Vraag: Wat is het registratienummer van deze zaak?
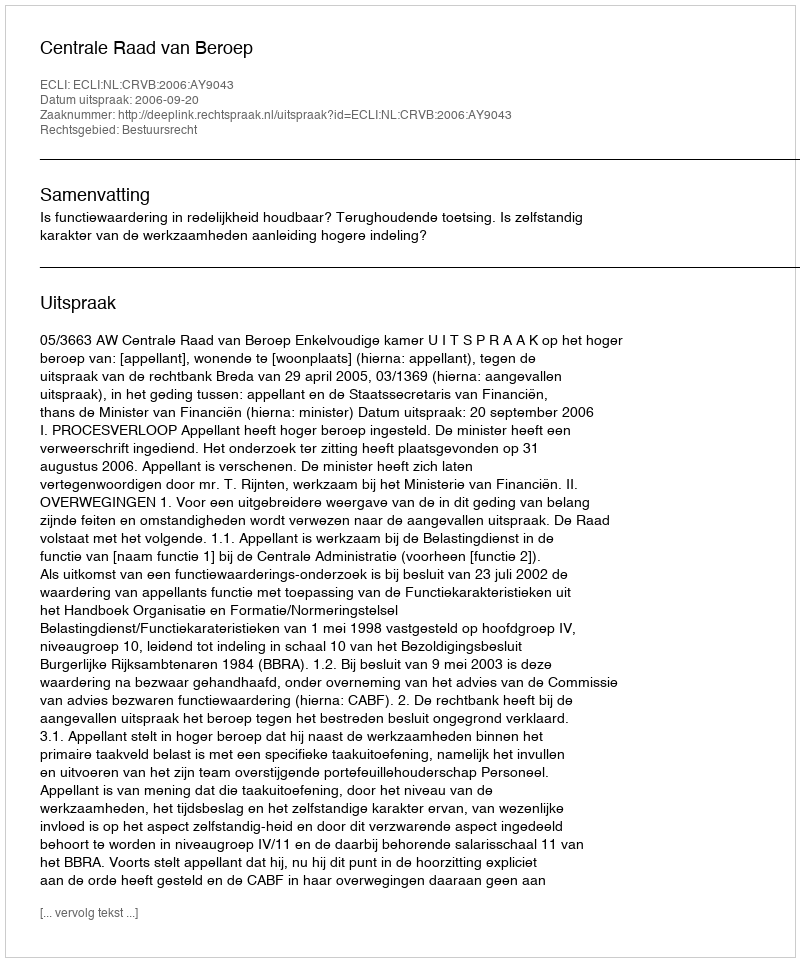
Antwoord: http://deeplink.rechtspraak.nl/uitspraak?id=ECLI:NL:CRVB:2006:AY9043